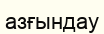
азғындау